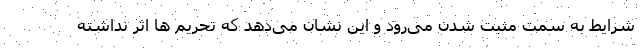
شرایط به سمت مثبت شدن می‌رود و این نشان می‌دهد که تحریم ها اثر نداشته